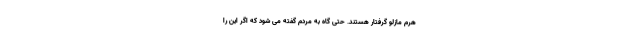
هرم مازلو گرفتار هستند. حتی گاه به مردم گفته می شود که اگر این را